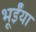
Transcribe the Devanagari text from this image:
भूईंया